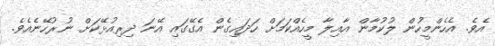
އެވެ. އެހެންމީހުން ލުކުމާން އާއިލާ މީހެއްކަމަށް ހަދައިގެން އެގޭގައި އޭނަ ދިރިއުޅޭކަށް ނުރުހޭނެއެވެ.